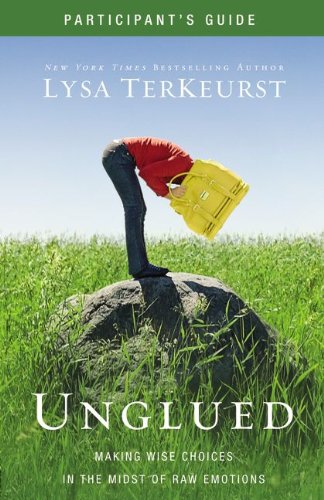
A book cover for Unglued Participant's Guide with DVD: Making Wise Choices in the Midst of Raw Emotions; Lysa TerKeurst; Christian Books & Bibles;